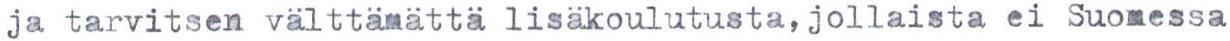
ja tarvitsen välttämättä lisäkoulutusta, jollaista ei Suomessa